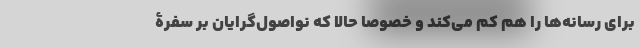
برای رسانه‌ها را هم کم می‌کند و خصوصا حالا که نواصول‌گرایان بر سفرۀ